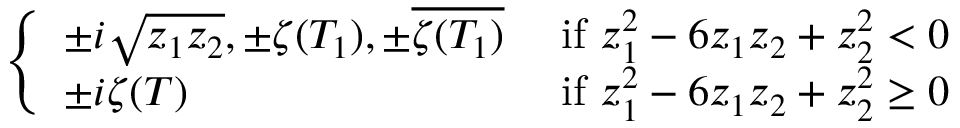
\left\{ \begin{array} { l l } { \pm i \sqrt { z _ { 1 } z _ { 2 } } , \pm \zeta ( T _ { 1 } ) , \pm \overline { { \zeta ( T _ { 1 } ) } } } & { \mathrm { ~ i f ~ } z _ { 1 } ^ { 2 } - 6 z _ { 1 } z _ { 2 } + z _ { 2 } ^ { 2 } < 0 } \\ { \pm i \zeta ( T ) } & { \mathrm { ~ i f ~ } z _ { 1 } ^ { 2 } - 6 z _ { 1 } z _ { 2 } + z _ { 2 } ^ { 2 } \ge 0 } \end{array} \right.